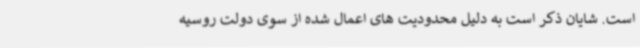
است. شایان ذکر است به دلیل محدودیت های اعمال شده از سوی دولت روسیه